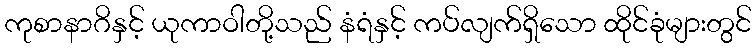
ကုစာနာဂိနှင့် ယုကာဝါတို့သည် နံရံနှင့် ကပ်လျက်ရှိသော ထိုင်ခုံများတွင်